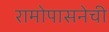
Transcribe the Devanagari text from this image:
रामोपासनेची